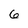
Character: 6